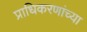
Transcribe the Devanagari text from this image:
प्राधिकरणांच्या